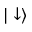
{ | \downarrow \rangle }